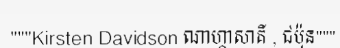
"""Kirsten Davidson ណាហ្គាសាគី , ជប៉ុន"""